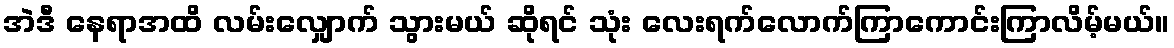
အဲဒီ နေရာအထိ လမ်းလျှောက် သွားမယ် ဆိုရင် သုံး လေးရက်လောက်ကြာကောင်းကြာလိမ့်မယ်။